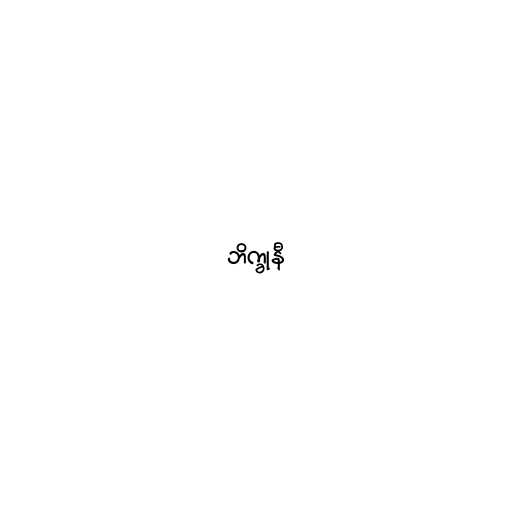
ဘိက္ခုနီ